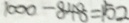
1 0 0 0 - 8 4 8 = 1 5 2